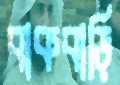
বাকবাড়ি